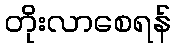
တိုးလာစေရန်